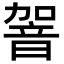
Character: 䪪